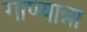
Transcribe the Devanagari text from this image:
गाण्यान्ना